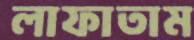
লাফাতাম